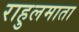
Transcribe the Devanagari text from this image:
राहुलमाता